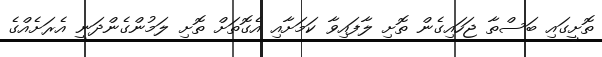
ތޮށީގައި ބަސްތާ ޖަހައިގެން ތޮށި ލާފައިވާ ކަމަށާއި އެގޮތަށް ތޮށި ލަމުންގެންދަނީ އެރަށެއްގެ